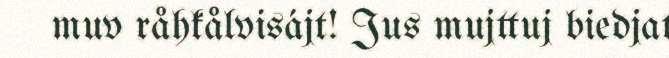
muv råhkålvisájt! Jus mujttuj biedjat